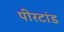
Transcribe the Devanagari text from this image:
पीरटांड